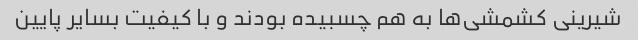
شیرینی کشمشی‌ها به هم چسبیده بودند و با کیفیت بسایر پایین